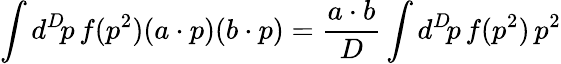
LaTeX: \int d^{D}\! p\, f(p^{2})(a\cdot p)(b\cdot p)={\frac{a\cdot b}{D}}\int d^{D}\! p\, f(p^{2})\, p^{2}